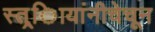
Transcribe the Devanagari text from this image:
स्त्र्िायांनीचेचून